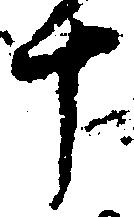
十